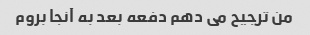
من ترجیح می دهم دفعه بعد به آنجا بروم